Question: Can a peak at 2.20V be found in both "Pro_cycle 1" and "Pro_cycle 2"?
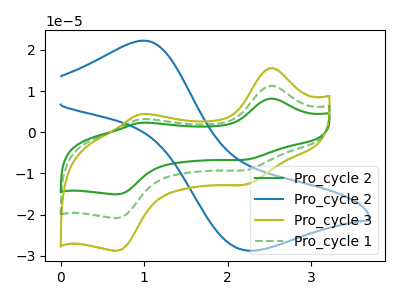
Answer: <think>The green curve "Pro_cycle 2" has anodic peaks at (2.55V, 22.65uA) (0.95V, 6.35uA) and cathodic peaks at (2.20V, -18.50uA) (0.70V, -41.70uA). The blue curve "Pro_cycle 2" has an anodic peak at (1.00V, 22.25uA) and a cathodic peak at (2.25V, -28.75uA). The olive curve "Pro_cycle 3" has anodic peaks at (2.55V, 15.65uA) (0.95V, 4.40uA) and cathodic peaks at (2.20V, -12.75uA) (0.70V, -28.80uA). The green dashed curve "Pro_cycle 1" has anodic peaks at (2.55V, 11.30uA) (0.95V, 3.20uA) and cathodic peaks at (2.20V, -9.25uA) (0.70V, -20.85uA).</think>
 <answer>Yes, "Pro_cycle 1" and "Pro_cycle 2" share a peak at 2.20V.</answer>
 <eval>match</eval>